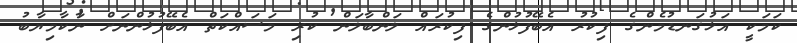
ކަމަކީ އަޅުގަނޑުމެންގެ ފިކުރު އެބޭފުޅުންގެ ފިކުރައް ލަންބާލަން ކުރި މަސައްކަތް އެބޭފުޅުންނަށް ނާކާމިޔާބު